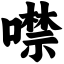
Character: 噤